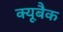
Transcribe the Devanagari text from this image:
क्यूबैक